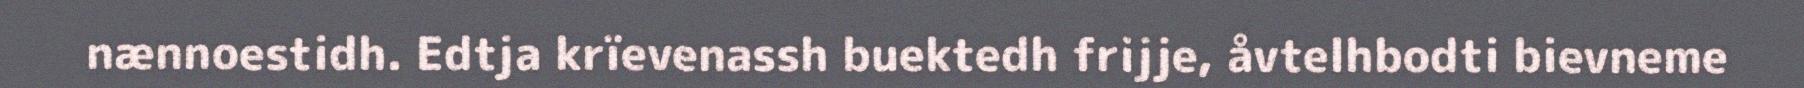
nænnoestidh. Edtja krïevenassh buektedh frijje, åvtelhbodti bievneme